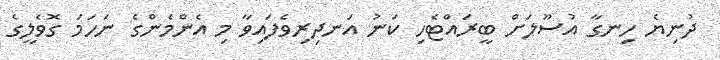
ދުނިޔެ ހިނގާ އުސޫލަށް ބީރައްޓެހި ކަނު އަނދިރިވެފައިވާ މި އެންމެންގެ ނަހަމަ ގޮވެލީގެ